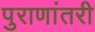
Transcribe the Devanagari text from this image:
पुराणांतरी